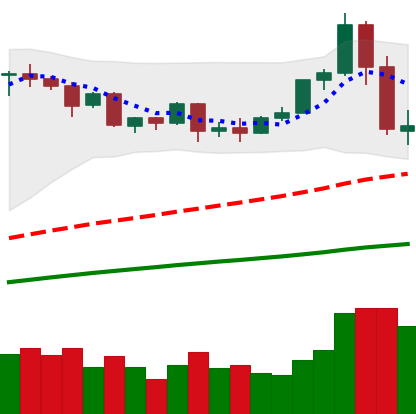
Ticker: ETH-USD
Chart end date: 2020-09-04
Forward return: -9.564%
Label: down_7plus